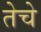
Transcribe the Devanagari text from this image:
तेचे